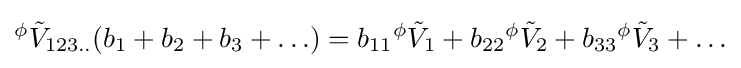
{}^{\phi }{\tilde {V}}_{123..}(b_{1}+b_{2}+b_{3}+\ldots )=b_{11}{}^{\phi }{\tilde {V}}_{1}+b_{22}{}^{\phi }{\tilde {V}}_{2}+b_{33}{}^{\phi }{\tilde {V}}_{3}+\ldots